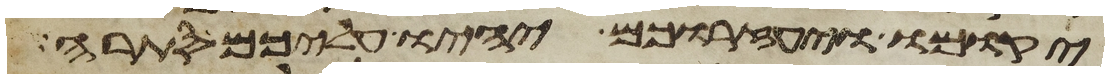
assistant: יקומו ויעזרוכם יהיו עליכם סתרה